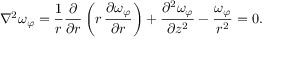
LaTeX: \nabla ^ { 2 } \omega _ { \varphi } = { \frac { 1 } { r } } { \frac { \partial } { \partial r } } \left( r \, { \frac { \partial \omega _ { \varphi } } { \partial r } } \right) + { \frac { \partial ^ { 2 } \omega _ { \varphi } } { \partial z ^ { 2 } } } - { \frac { \omega _ { \varphi } } { r ^ { 2 } } } = 0 .